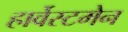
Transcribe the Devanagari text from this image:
हार्वेस्टमेन